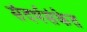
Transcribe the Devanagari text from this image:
संदर्भसंकेत